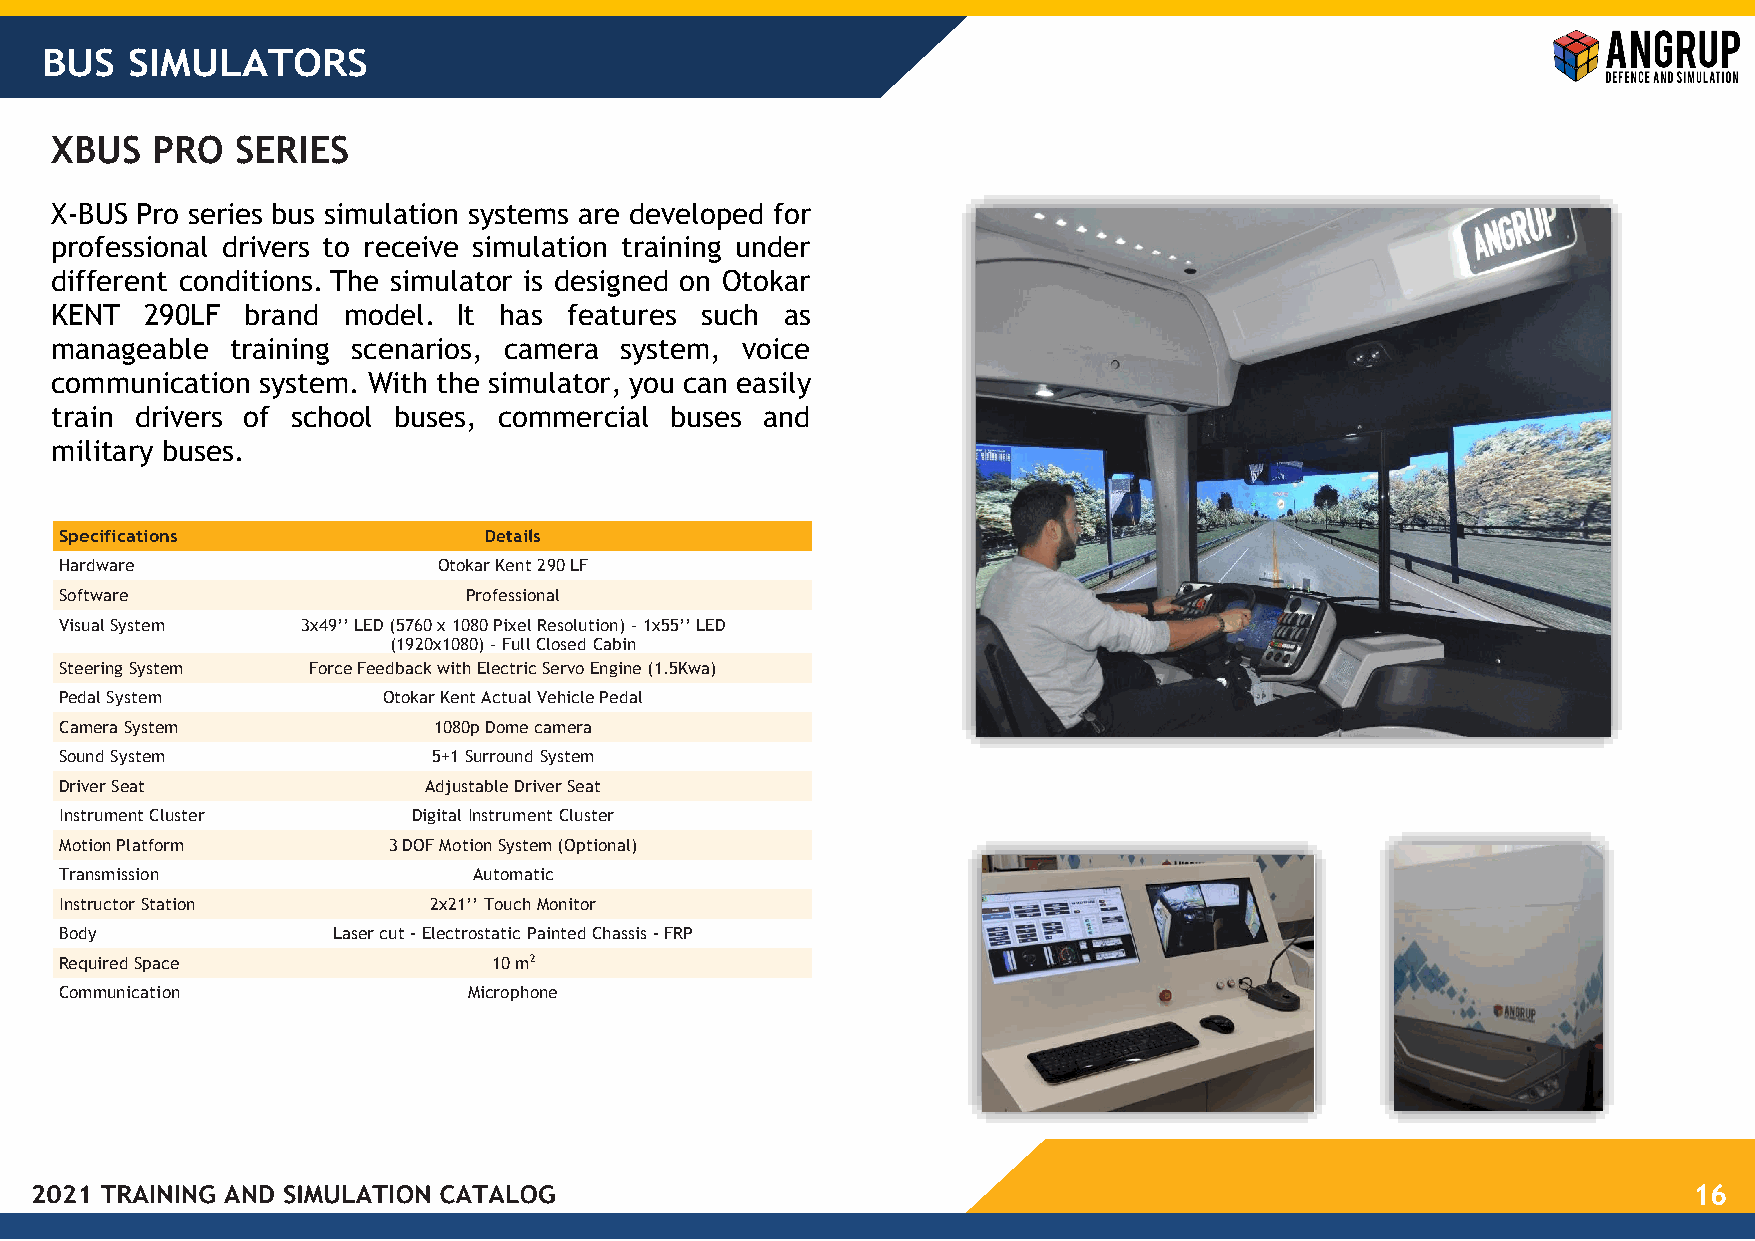
BUS  SIMULATORS
 XBUS   PRO   SERIES
 X-BUS Pro series bus simulation systems are developed for
 professional drivers to receive simulation training under
 different conditions. The simulator is designed on Otokar
 KENT   290LF brand  model. It has  features such as
 manageable  training scenarios, camera system, voice
 communication system. With the simulator, you can easily
 train drivers of school buses, commercial buses and
 military buses.
 Specifications              Details
 Hardware                 Otokar Kent 290 LF
 Software                   Professional
 Visual System   3x49’’ LED (5760 x 1080 Pixel Resolution) – 1x55’’ LED
 (1920x1080) – Full Closed Cabin
 Steering System Force Feedback with Electric Servo Engine (1.5Kwa)
 Pedal System         Otokar Kent Actual Vehicle Pedal
 Camera System            1080p Dome camera
 Sound System             5+1 Surround System
 Driver Seat             Adjustable Driver Seat
 Instrument Cluster     Digital Instrument Cluster
 Motion Platform       3 DOF Motion System (Optional)
 Transmission               Automatic
 Instructor Station      2x21’’ Touch Monitor
 Body              Laser cut - Electrostatic Painted Chassis - FRP
 Required Space               10 m2
 Communication              Microphone
 16